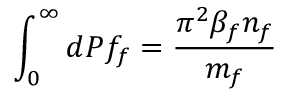
\int _ { 0 } ^ { \infty } d { \cal P } f _ { f } = \frac { \pi ^ { 2 } \beta _ { f } n _ { f } } { m _ { f } }